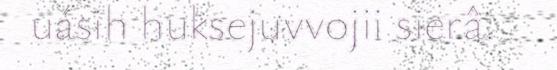
uásih huksejuvvojii sierâ.